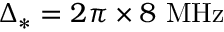
\ensuremath { \Delta _ { * } } = 2 \pi \times 8 ~ \ensuremath { { \mathrm { M H z } } }